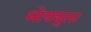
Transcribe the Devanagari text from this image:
मोड्युला